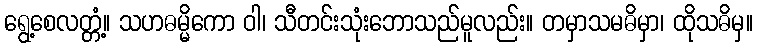
ရွေ့စေလတ္တံ့။ သဟဓမ္မိကော ဝါ၊ သီတင်းသုံးဘောသည်မူလည်း။ တမှာသမဓိမှာ၊ ထိုသဓိမှ။